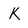
Character: K